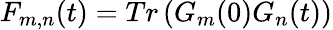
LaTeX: {{F}_{m,n}}(t)=Tr\left({{G}_{m}(0)}{{G}_{n}}(t)\right)